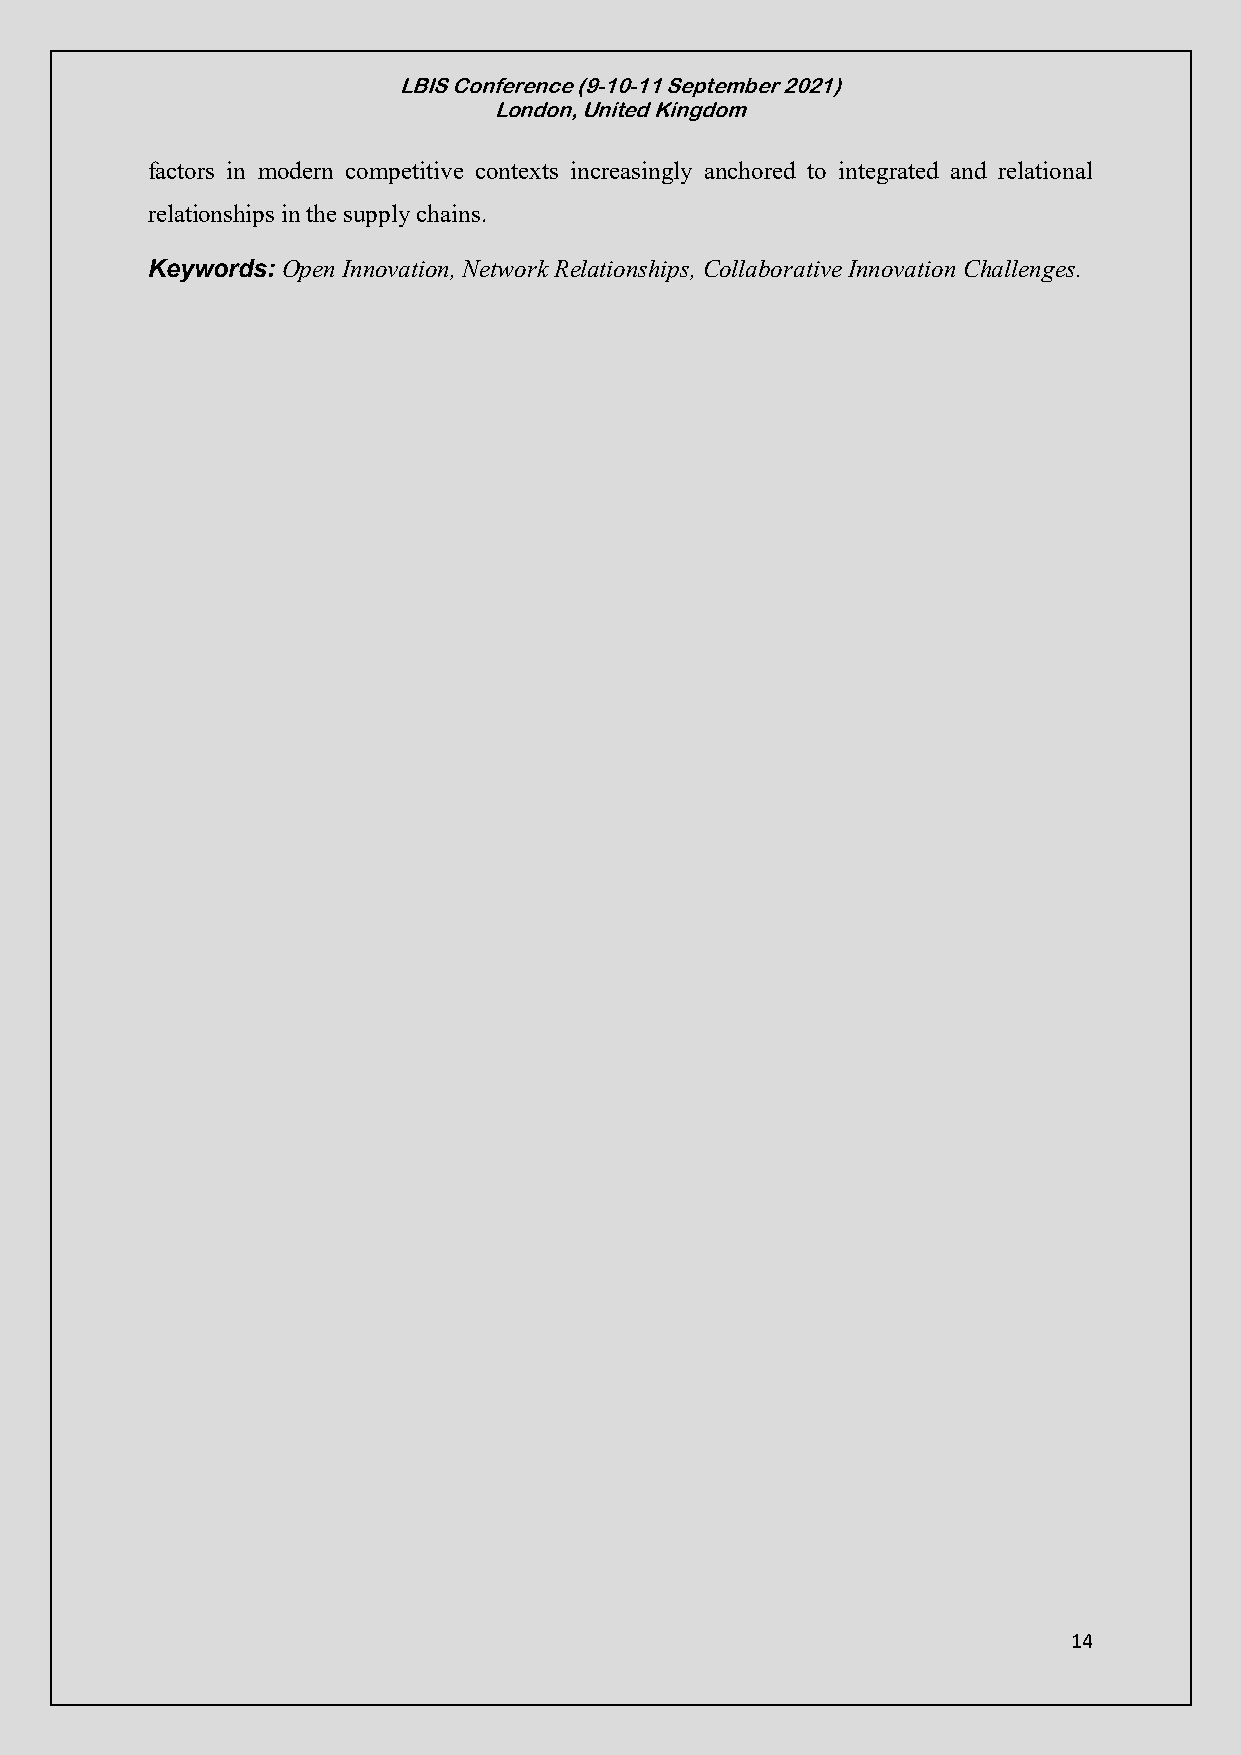
LBIS Conference (9-10-11 September 2021)
 London, United Kingdom
 factors in modern competitive contexts increasingly anchored to integrated and relational
 relationships in the supply chains.
 Keywords: Open Innovation, Network Relationships, Collaborative Innovation Challenges.
 14